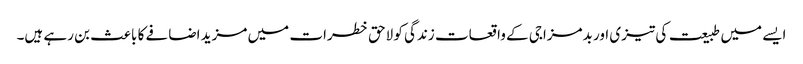
ایسے میں طبیعت کی تیزی اور بدمزاجی کے واقعات زندگی کو لاحق خطرات میں مزید اضافے کا باعث بن رہے ہیں۔